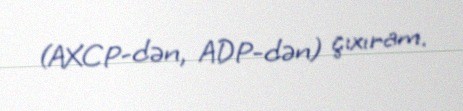
(AXCP-dən, ADP-dən) çıxıram.